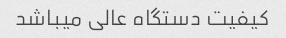
کیفیت دستگاه عالی میباشد